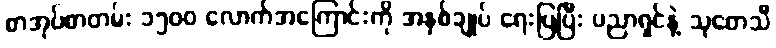
စာအုပ်စာတမ်း ၁၅၀၀ လောက်အကြောင်းကို အနှစ်ချုပ် ရေးပြပြီး ပညာရှင်နဲ့ သုတေသီ